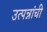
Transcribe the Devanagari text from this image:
उत्पन्नांची